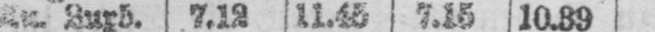
Zurb. 7.12 11.45 7.15 10.39